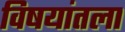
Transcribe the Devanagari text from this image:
विषयांतला